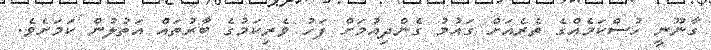
ގާނޫނީ ހުސްކަމެއްގެ ތެރެއަށް ގައުމު ގެންދިއުމަށް ފަހު ވެރިކަމުގެ ބާރުތައް އަތުލުން ކަމަށެވެ.